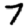
Digit: 7